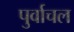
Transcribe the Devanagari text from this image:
पुर्वाचल